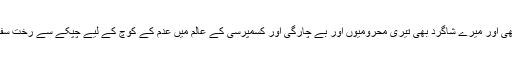
نہ صرف میں بلکہ میرے ساتھی اور میرے شاگرد بھی تیری محرومیوں اور بے چارگی اور کسمپرسی کے عالم میں عدم کے کوچ کے لیے چپکے سے رخت سفر باندھ لینے پر اشکبار ہیں ‘‘۔